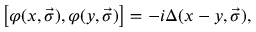
\left[ \varphi ( x , \vec { \sigma } ) , \varphi ( y , \vec { \sigma } ) \right] = - i \Delta ( x - y , \vec { \sigma } ) ,